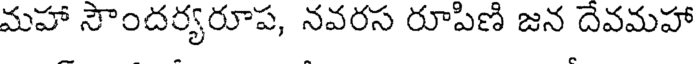
మహా సౌందర్యరూప, నవరస రూపిణి జన దేవమహా